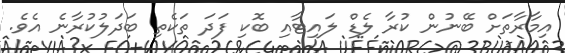
އިމާރާތަށް ބޭނުން ކުރާ ލެޑް ލައިޓާއި ބޮކި ފަދަ ތަކެތި ބަދަލުކުރާނެ އެވެ.